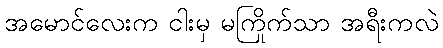
အမောင်လေးက ငါးမှ မကြိုက်သာ အရီးကလဲ